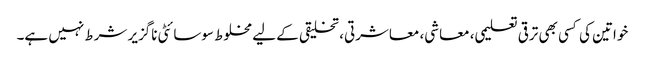
خواتین کی کسی بھی ترقی تعلیمی، معاشی، معاشرتی، تخلیقی کے لیے مخلوط سوسائٹی ناگزیر شرط نہیں ہے۔